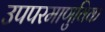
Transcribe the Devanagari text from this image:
उपपरमाणुविक